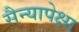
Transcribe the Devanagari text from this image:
सैन्यापेक्षा